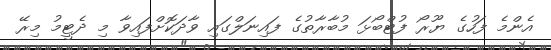
އެންމެ ފަހުގެ ޔޫރޯ ފުޓްބޯޅަ މުބާރާތުގެ ފައިނަލްގައި ވާދަކޮށްފައިވާ މި ދެޓީމު މިރޭ